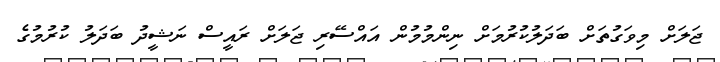
ޖަލަށް މިވަގުތަށް ބަދަލުކުރުމަށް ނިންމުމުން އައްސޭރި ޖަލަށް ރައީސް ނަޝީދު ބަދަލު ކުރުމުގެ